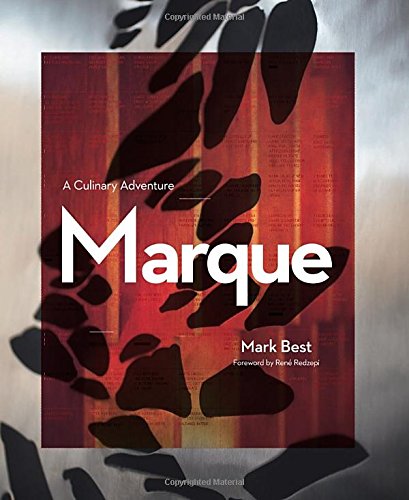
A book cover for Marque: A Culinary Adventure; Mark Best; Cookbooks, Food & Wine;